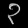
Digit: ၃